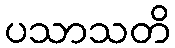
ပသာသတိ